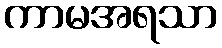
ကာမအရသာ